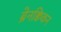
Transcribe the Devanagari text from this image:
ब्रेनक्विकन